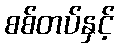
စစ်တပ်နှင့်